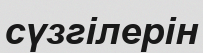
сүзгілерін